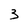
Character: 3